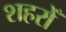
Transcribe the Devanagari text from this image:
शहरोँ